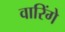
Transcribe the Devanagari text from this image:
वारिंगे